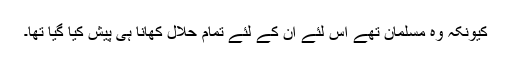
کیونکہ وہ مسلمان تھے اس لئے اُن کے لئے تمام حلال کھانا ہی پیش کیا گیا تھا۔